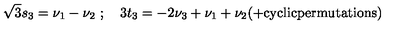
{ \sqrt 3 } s _ { 3 } = \nu _ { 1 } - \nu _ { 2 } \ ; \quad 3 t _ { 3 } = - 2 \nu _ { 3 } + \nu _ { 1 } + \nu _ { 2 } ( + \mathrm { c y c l i c p e r m u t a t i o n s } )